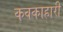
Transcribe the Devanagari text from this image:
कवकाहारी